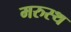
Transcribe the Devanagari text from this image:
मरुस्थ